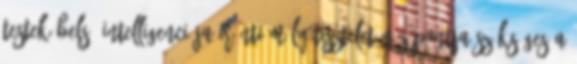
testek belső intelligenciája iránti mély tisztelet nézőpontja szükséges a